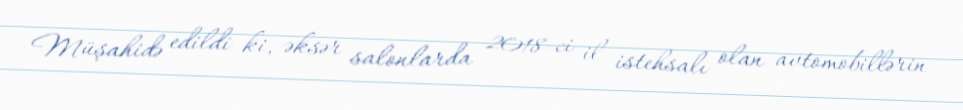
Müşahidə edildi ki, əksər salonlarda 2018-ci il istehsalı olan avtomobillərin